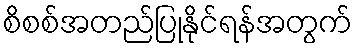
စိစစ်အတည်ပြုနိုင်ရန်အတွက်